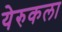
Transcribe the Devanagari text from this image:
येरुकला